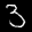
Label: 3